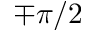
\mp \pi / 2